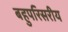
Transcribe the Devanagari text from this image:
बहुपरिसरीय